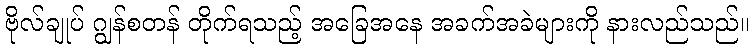
ဗိုလ်ချုပ် ဂျွန်စတန် တိုက်ရသည့် အခြေအနေ အခက်အခဲများကို နားလည်သည်။